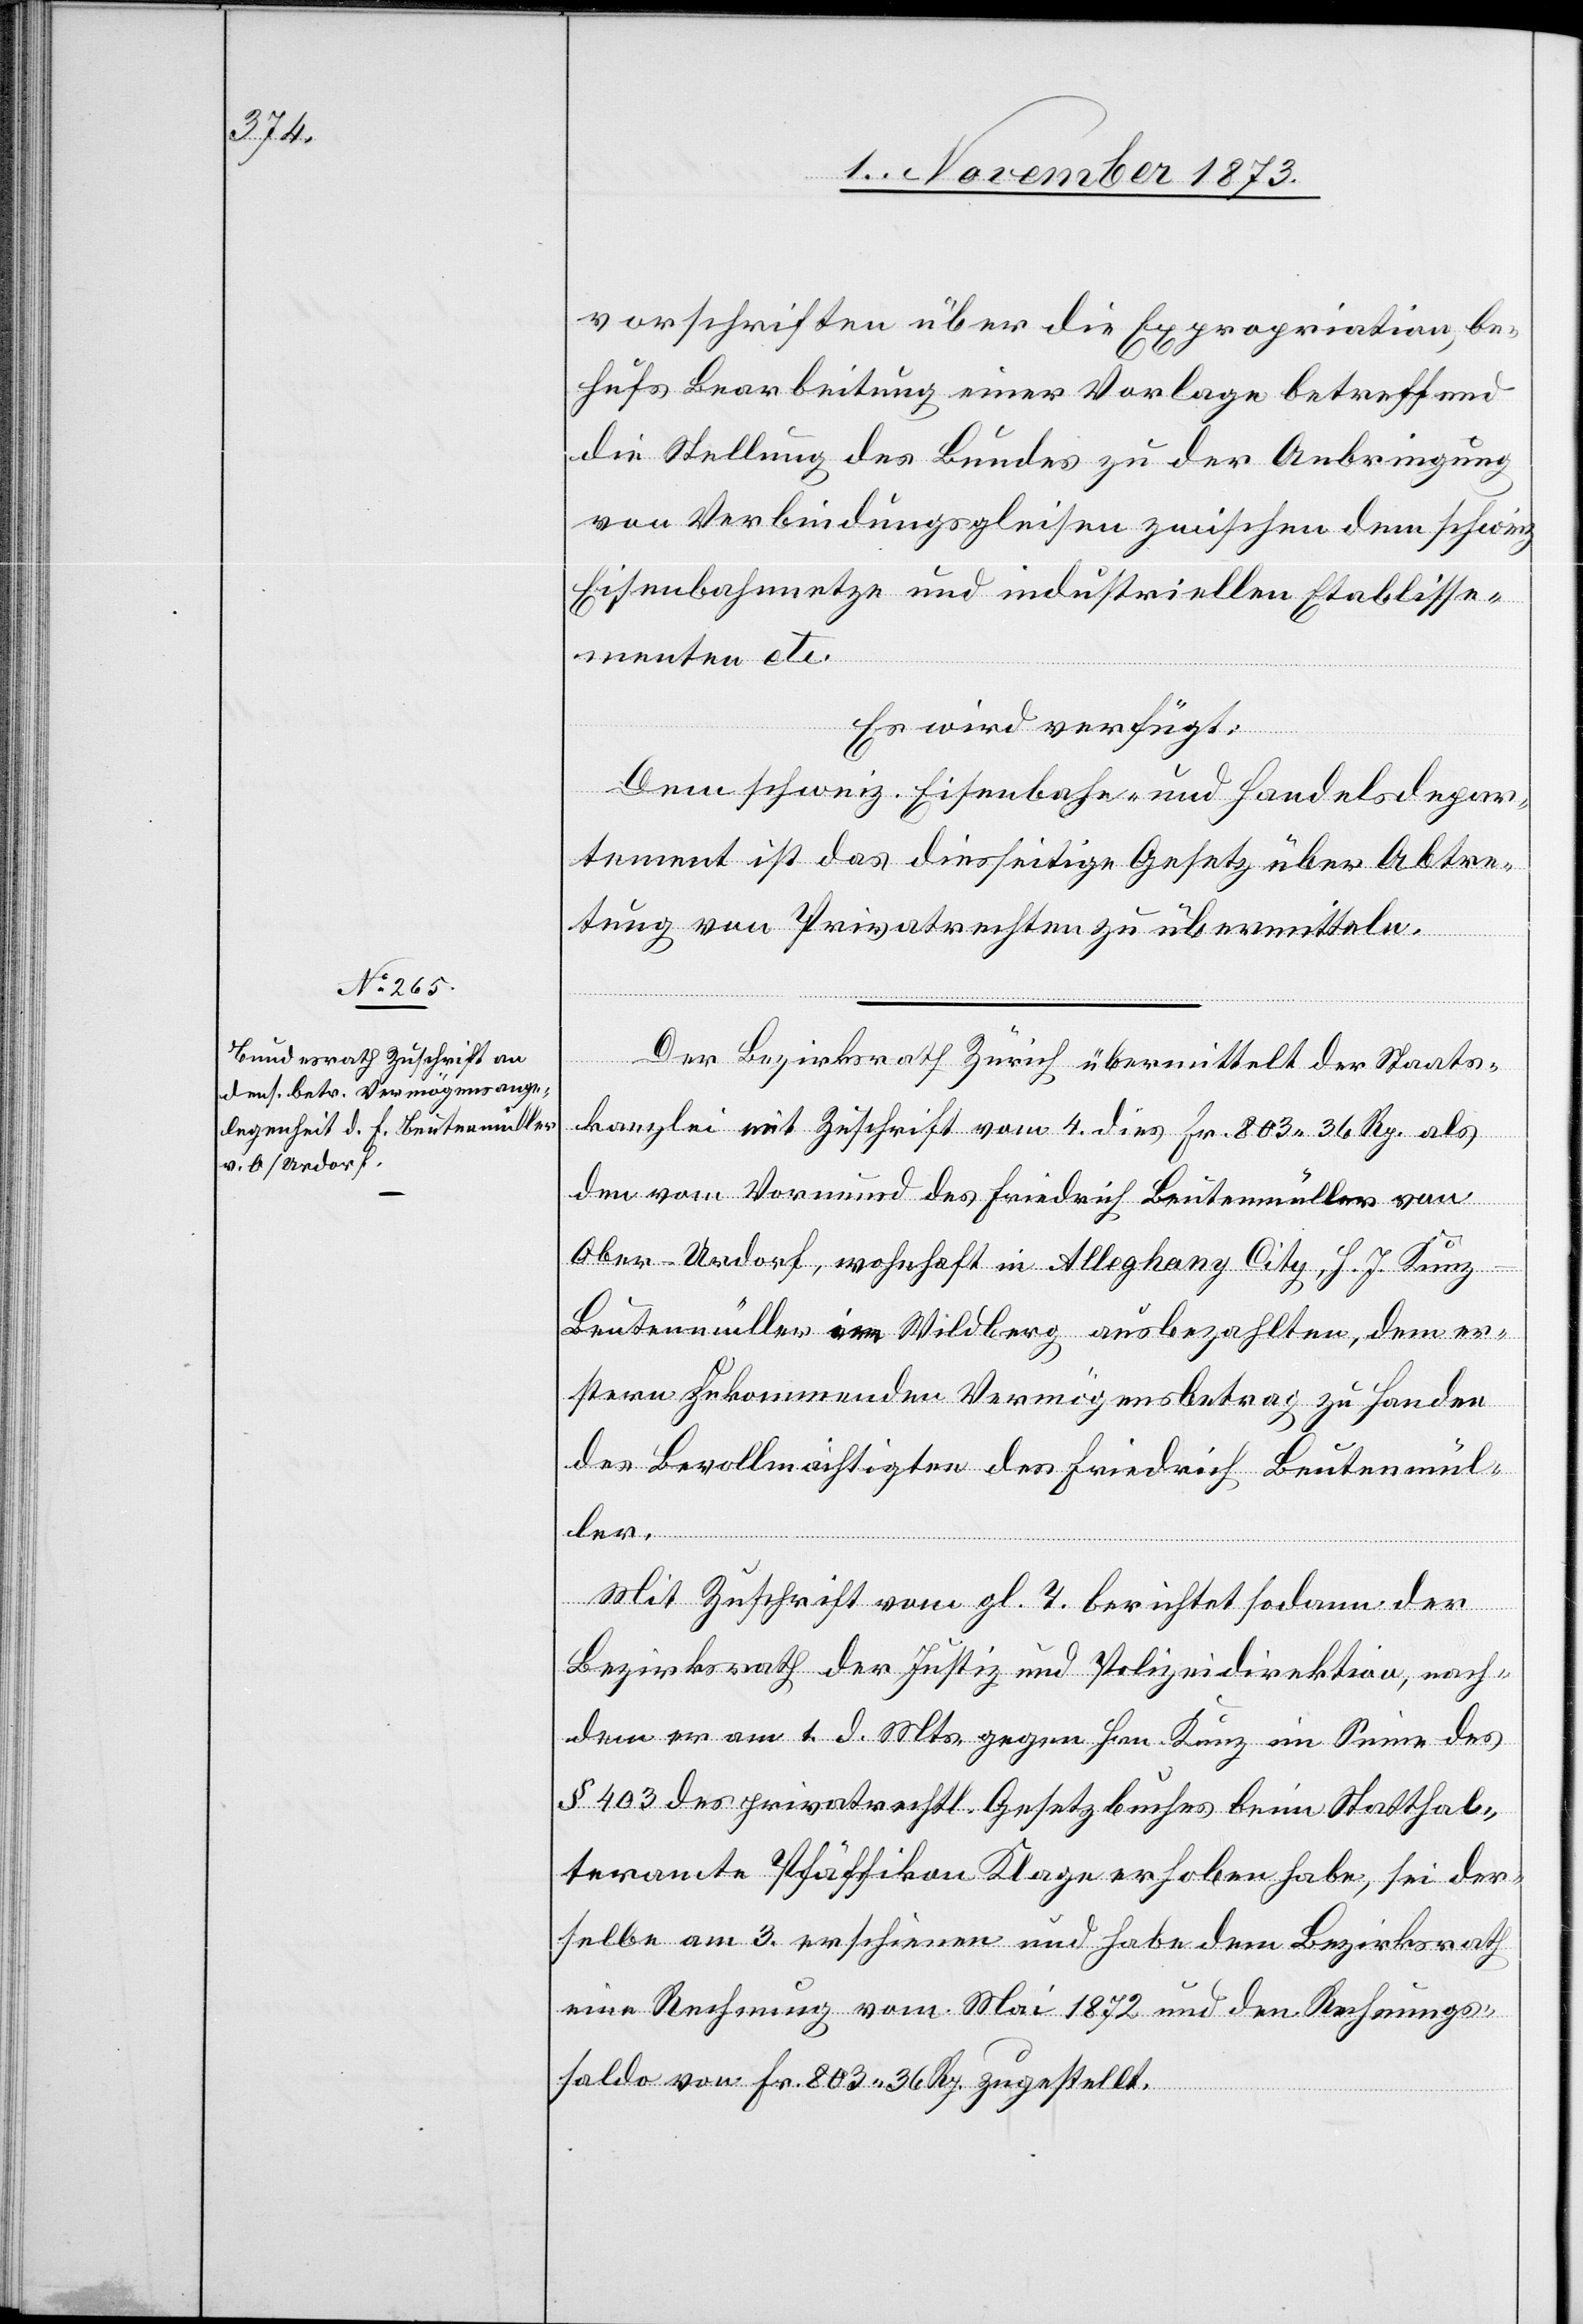
6. November 1873.]
vorschriften über die Expropriation, be¬
hufs Bearbeitung einer Vorlage betreffend
die Stellung des Bundes zu der Anbringung
von Verbindungsgleisen zwischen dem schweiz.
Eisenbahnnetze und industriellen Etablisse¬
menten etc.
Es wird verfügt:
Dem schweiz. Eisenbahn- und Handelsdepar¬
tement ist das diesseitige Gesetz über Abtre¬
tung von Privatrechten zu übermitteln.
Der Bezirksrath Zürich übermittelt der Staats¬
kanzlei mit Zuschrift vom 4. dies Fr. 803 36 Rp. als
den vom Vormund des Friedrich Beutenmüller von
Ober-Urdorf, wohnhaft in Alleghany City, H. J. Kunz-B¬
eutenmüller im Wildberg ausbezahlten, dem er¬
stern zukommenden Vermögensbetrag zu Handen
des Bevollmächtigten des Friedrich Beutenmül¬
ler.
Mit Zuschrift vom gl. T. berichtet sodann der
Bezirksrath der Justiz und Polizeidirektion, nach¬
dem er am 1. d. Mts. gegen Hrn. Kunz im Sinne des
§ 403 des privatrechtl. Gesetzbuches beim Statthal¬
teramte Pfäffikon Klage erhoben habe, sei der¬
selbe am 3. erschienen und habe dem Bezirksrath
eine Rechnung vom Mai 1872 und den Rechnungs¬
saldo von Fr. 803 36 Rp. zugestellt.